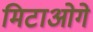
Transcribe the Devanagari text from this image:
मिटाओगे